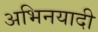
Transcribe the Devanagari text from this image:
अभिनयादी